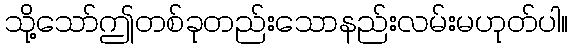
သို့သော်ဤတစ်ခုတည်းသောနည်းလမ်းမဟုတ်ပါ။